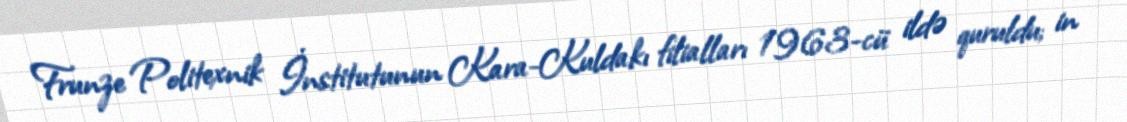
Frunze Politexnik İnstitutunun Kara-Kuldakı filialları 1963-cü ildə quruldu; in